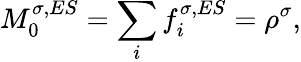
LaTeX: M_{0}^{\sigma,ES}=\sum_{i}f_{i}^{\sigma,ES}=\rho^{\sigma},